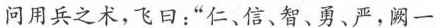
问用兵之术，飞日：”仁、信、智、勇、严，一